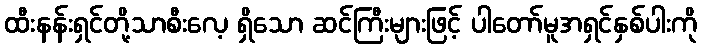
ထီးနန်းရှင်တို့သာစီးလေ့ ရှိသော ဆင်ကြီးများဖြင့် ပါတော်မူအရှင်နှစ်ပါးကို